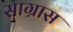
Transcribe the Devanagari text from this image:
साग्रास